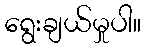
ရွေးချယ်မှုပါ။